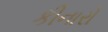
કીનારો